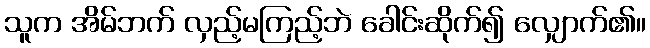
သူက အိမ်ဘက် လှည့်မကြည့်ဘဲ ခေါင်းဆိုက်၍ လျှောက်၏။